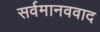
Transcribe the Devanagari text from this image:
सर्वमानववाद